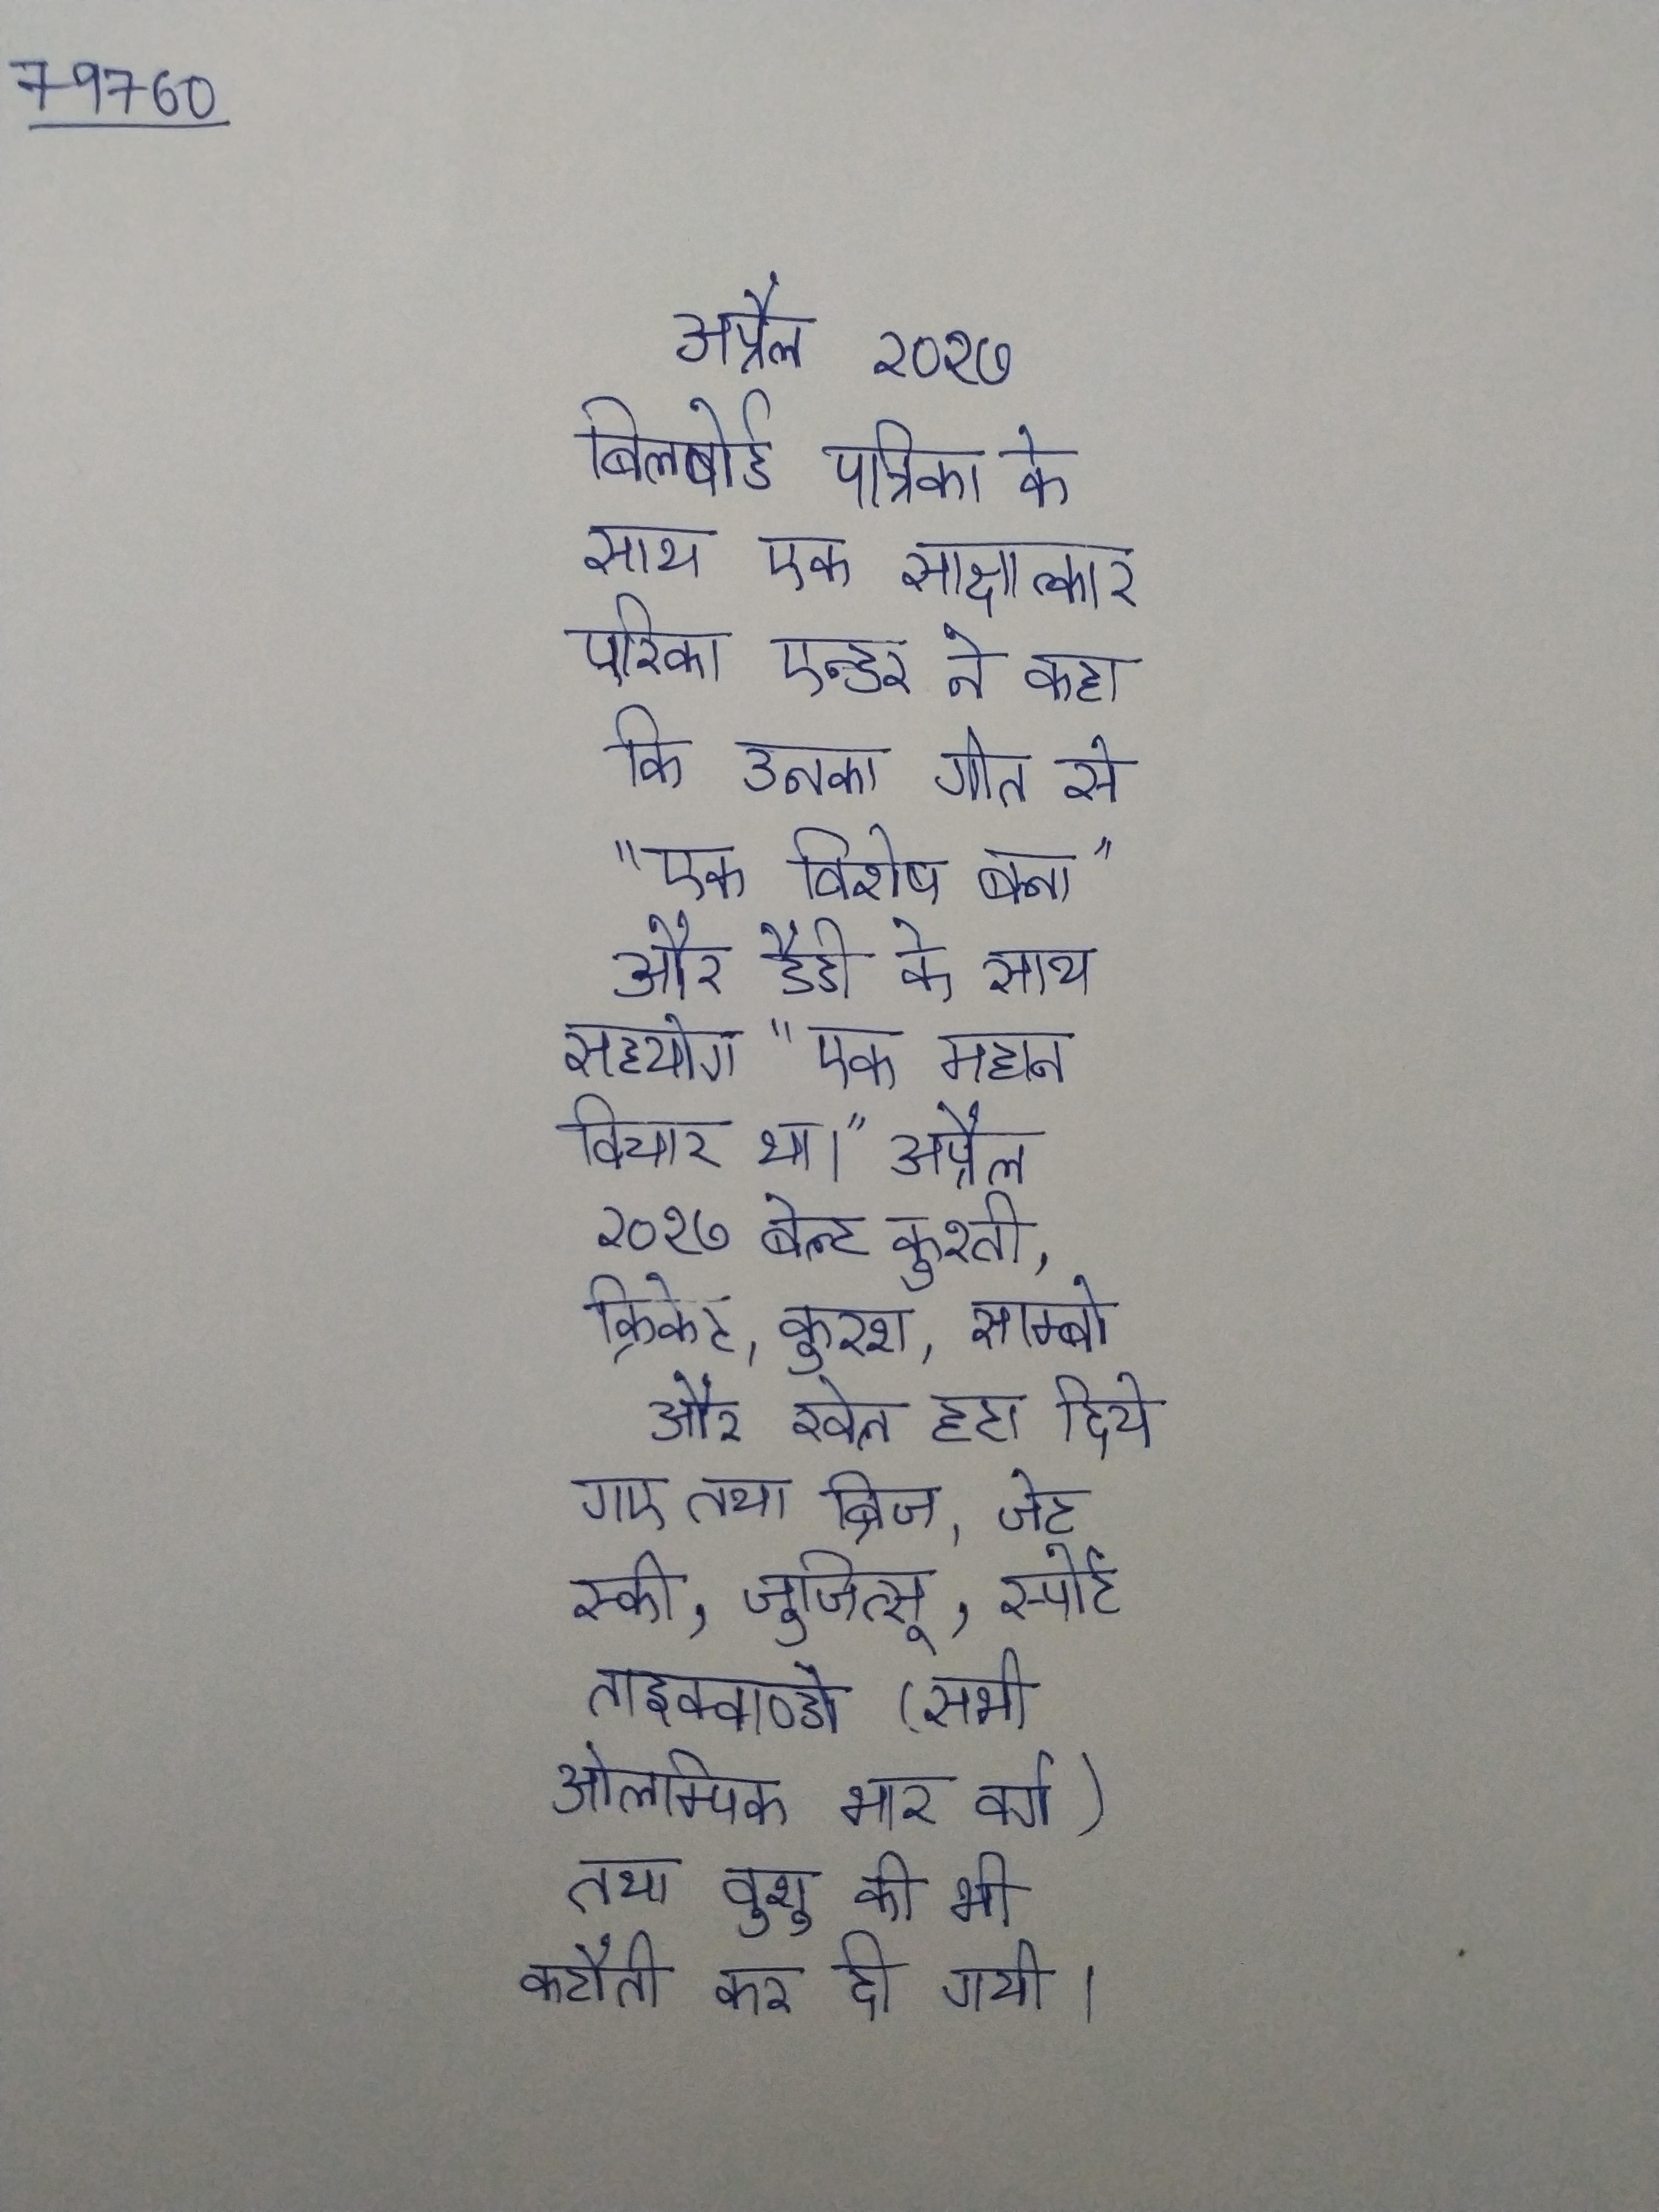
अप्रैल २०१७ बिलबोर्ड पत्रिका के साथ एक साक्षात्कार एरिका एन्डर ने कहा कि उनका गीत से "एक विशेष बना" और डैडी के साथ सहयोग "एक महान विचार था।" अप्रैल २०१७ बेल्ट कुश्ती, क्रिकेट, कुरश, साम्बो और खेल हटा दिये गए तथा ब्रिज, जेट स्की, जुजित्सू, स्पोर्ट ताइक्वाण्डो (सभी ओलम्पिक भार वर्ग) तथा वुशु की भी कटौती कर दी गयी ।